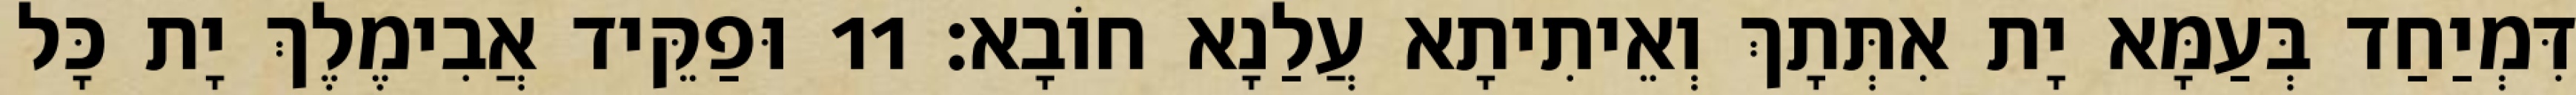
דִּמְיַחַד בְּעַמָּא יָת אִתְּתָךְ וְאֵיתִיתָא עֲלַנָא חוֹבָא׃ 11 וּפַקֵּיד אֲבִימֶלֶךְ יָת כָּל